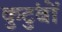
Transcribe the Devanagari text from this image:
कुटुंबों